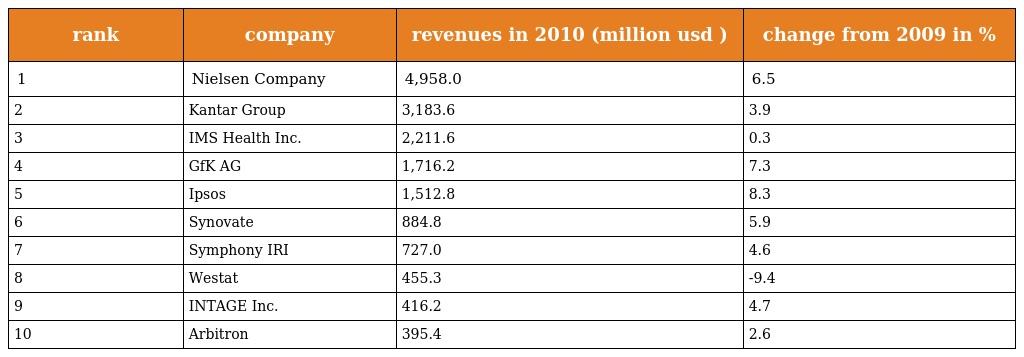
| rank | company | revenues in 2010 (million usd ) | change from 2009 in % |
 | --- | --- | --- | --- |
 | 1 | Nielsen Company | 4,958.0 | 6.5 |
 | 2 | Kantar Group | 3,183.6 | 3.9 |
 | 3 | IMS Health Inc. | 2,211.6 | 0.3 |
 | 4 | GfK AG | 1,716.2 | 7.3 |
 | 5 | Ipsos | 1,512.8 | 8.3 |
 | 6 | Synovate | 884.8 | 5.9 |
 | 7 | Symphony IRI | 727.0 | 4.6 |
 | 8 | Westat | 455.3 | -9.4 |
 | 9 | INTAGE Inc. | 416.2 | 4.7 |
 | 10 | Arbitron | 395.4 | 2.6 |